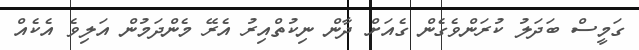
ގަމީސް ބަދަލު ކުރަންވެގެން ގެއަށް ދާން ނިކުތްއިރު އެރޭ މެންދަމުން އަލިވެ އެކެއް